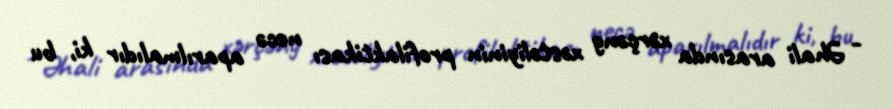
- Əhali arasında xərçəng xəstəliyinin profilaktikası necə aparılmalıdır ki, bu